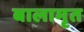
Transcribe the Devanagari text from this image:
बालामृत